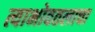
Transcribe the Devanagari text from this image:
त्याभोवतलाचा